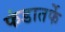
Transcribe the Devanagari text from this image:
फंडातर्फे